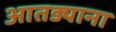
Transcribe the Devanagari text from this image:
आतड्याना